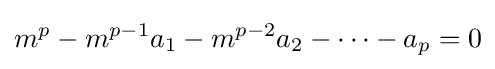
m^{p}-m^{p-1}a_{1}-m^{p-2}a_{2}-\cdots -a_{p}=0